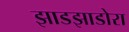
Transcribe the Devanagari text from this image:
झाडझाडोरा